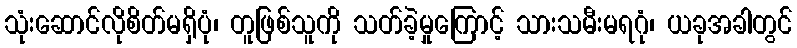
သုံးဆောင်လိုစိတ်မရှိပုံ၊ တူဖြစ်သူကို သတ်ခဲ့မှုကြောင့် သားသမီးမရဂုံ၊ ယခုအခါတွင်